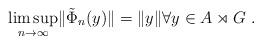
LaTeX: \begin{align*} \limsup_{n \to \infty} \lVert \tilde{\Phi}_n(y) \rVert = \lVert y \rVert \forall y \in A \rtimes G\ .\end{align*}